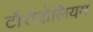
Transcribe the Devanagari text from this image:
टौरोबोलियम